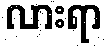
လားရာ